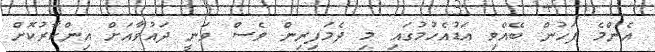
އެންމެ ފަހުން ބޭއްވި އަޑުއެހުމުގައި މި ދެމަފިރިން ވެސް ވަނީ ދައުވާއަށް އިންކާރުކޮށް